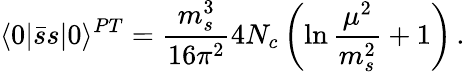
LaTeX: \langle 0|\bar{s}s|0\rangle^{PT}=\frac{m_{s}^{3}}{16\pi^{2}}4N_{c}\left(\ln\frac{\mu^{2}}{m_{s}^{2}}+1\right)\, .